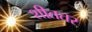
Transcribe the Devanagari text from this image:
शीततर